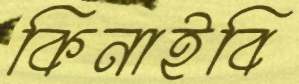
কিনাইবি